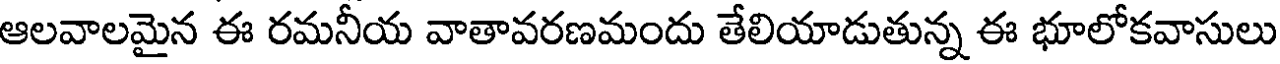
ఆలవాలమైన ఈ రమనీయ వాతావరణమందు తేలియాడుతున్న ఈ భూలోకవాసులు